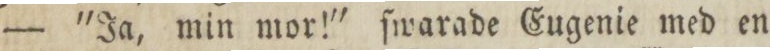
— 'Ja, min mor!' ſwarade Eugenie med en